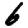
Digit: 6